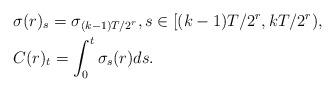
LaTeX: \begin{align*}&\sigma(r)_s=\sigma_{(k-1)T/2^r}, s \in [(k-1)T/2^r,kT/2^r),\\& C(r)_t=\int_0^t \sigma_s(r) ds.\end{align*}